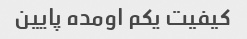
کیفیت یکم اومده پایین